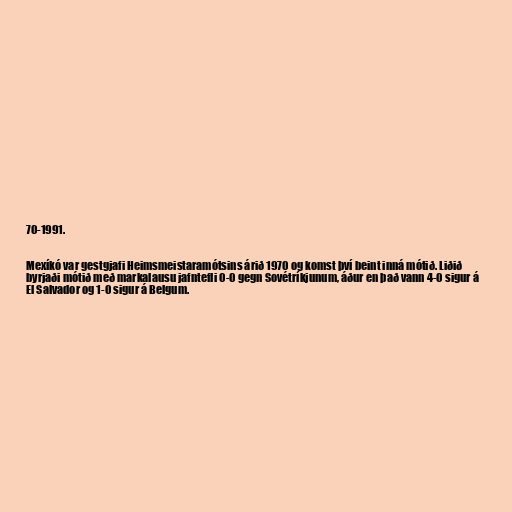
70-1991.

Mexíkó var gestgjafi Heimsmeistaramótsins árið 1970 og komst því beint inná mótið. Liðið
byrjaði mótið með markalausu jafntefli 0-0 gegn Sovétríkjunum, áður en það vann 4-0 sigur á
El Salvador og 1-0 sigur á Belgum.